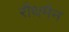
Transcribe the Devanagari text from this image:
रौथमैन